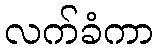
လက်ခံကာ